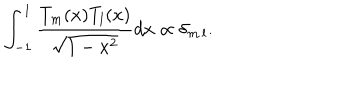
\int _ { - 1 } ^ { 1 } { \frac { T _ { m } ( x ) T _ { l } ( x ) } { \sqrt { 1 - x ^ { 2 } } } } d x \propto \delta _ { m \, l } .